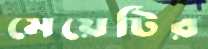
মেয়েটির